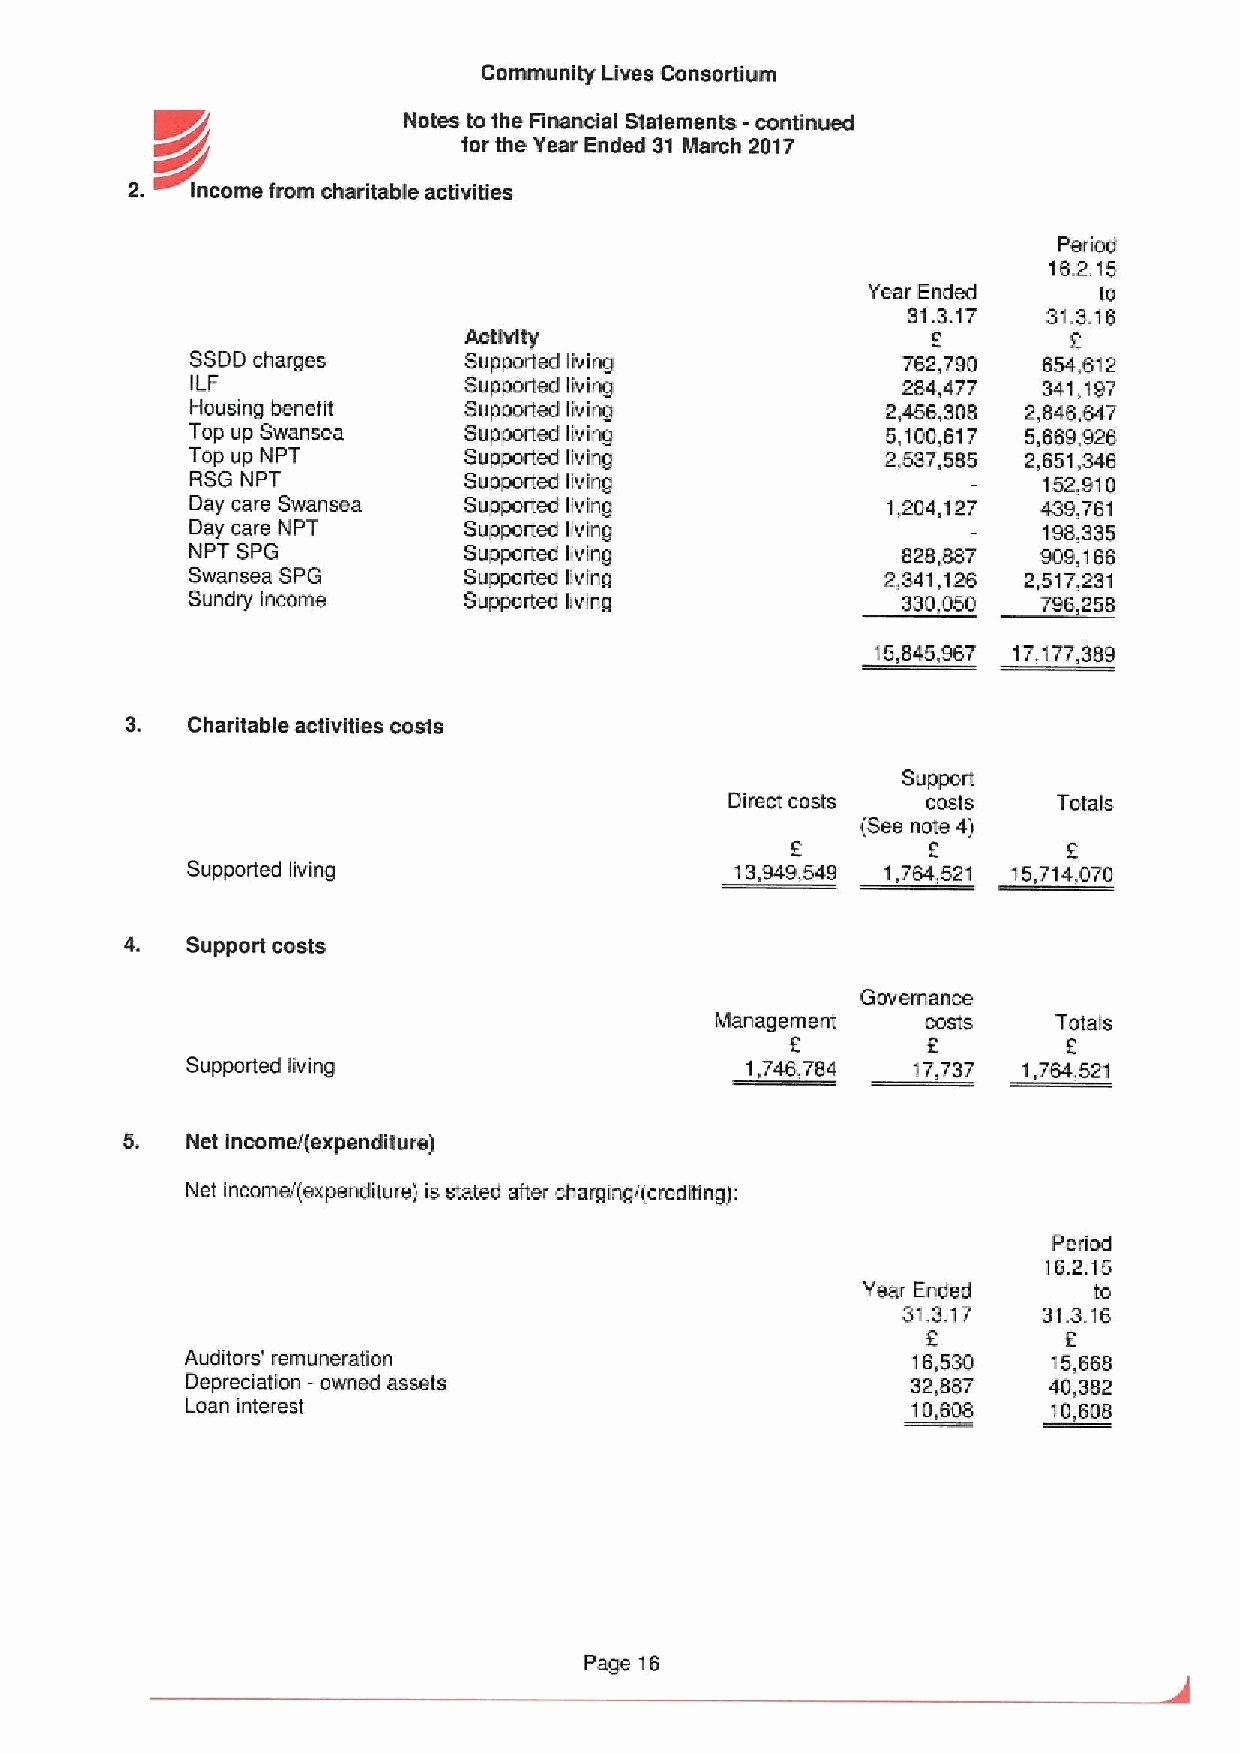
Community Lives Consortium
 Notes to the Financial Slslements - continued
 r&                   tor the Year Ended 31 March 2017
 2.   Income from charitable activities
 Period
 16.2.15
 Year Ended      ta
 31.3.17  31.3.16
 f
 Activity
 SSDD charges      Supporled living             762,790  654,612
 ILF               Supported living             284,477  341,197
 Hausing benefit   Supported living            2,456,308 2,846,647
 Top up Swansea    Supported living            5,100,617 5,669,926
 Top up NPT        Supported living            2,537,585 2,651,346
 RSG NPT           Supported living                      152,910
 Day care Swansea  Supported living            1,204,127 439,761
 Day care NPT      Supported living                      198,335
 NPT SPG           Supported living             828,887  909,166
 Swansea SPG       Supported living            2,341,126 2,517,231
 Sundry income      Supported living             330,050  796,258
 15,845,967 17,177,389
 3.  Charitable activities costs
 Support
 Direct costs costs    Totals
 (See note 4)
 Supporled living                     13949549 1,784,521 15 714,9711
 4.  Supportcosts
 Governance
 Management    costs    Totals
 f
 Supported living                     1,743,784  17,737  1,784,521
 5.  Net income/{expenditure)
 Nei income/(expenditure) is stated after charging/(crediting):
 Period
 16.2.I5
 Year Ended     to
 31.3.17  31.3.16
 f        f
 Auditors' remuneration                          16,530    15,668
 Depreciation —awned assets                      32,887   40,382
 Loan interest                                   10,608    'i0,608
 Page 16